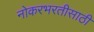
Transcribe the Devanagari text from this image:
नोकरभरतीसाठी